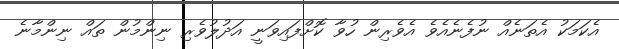
އެކަމަކު އެތަނެއް ނުފެނެއެވެ އެވެރިން ހުވާ ކޮށްފައިވަނީ އަދުުލުވެރި ނިންމުން ތައް ނިންމާނެ